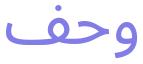
وحف